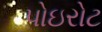
પોઇરોટ